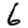
Digit: 6